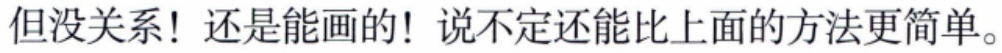
但没关系！还是能画的！说不定还能比上面的方法更简单。